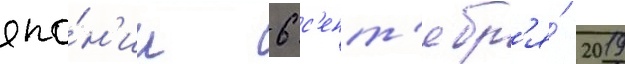
япо́н'ии 6 с'ент'ябр'я́ 2019